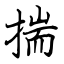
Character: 揣